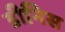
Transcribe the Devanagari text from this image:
डीनिस